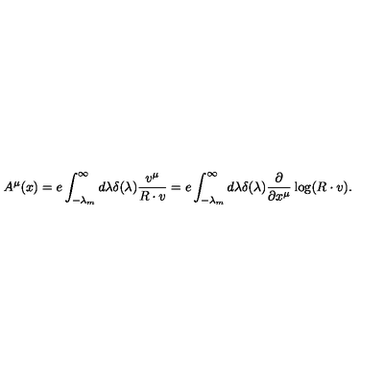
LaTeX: A ^ { \mu } ( x ) = e \int _ { - \lambda _ { m } } ^ { \infty } d \lambda \delta ( \lambda ) \frac { v ^ { \mu } } { R \cdot v } = e \int _ { - \lambda _ { m } } ^ { \infty } d \lambda \delta ( \lambda ) \frac { \partial } { \partial x ^ { \mu } } \log ( { R \cdot v } ) .